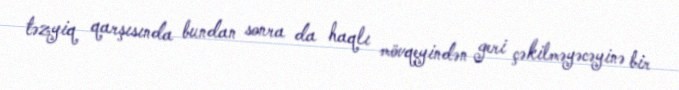
təzyiq qarşısında bundan sonra da haqlı mövqeyindən geri çəkilməyəcəyinə bir